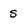
Character: s